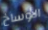
الأوساخ